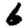
Digit: 6